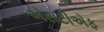
એસટીએફ